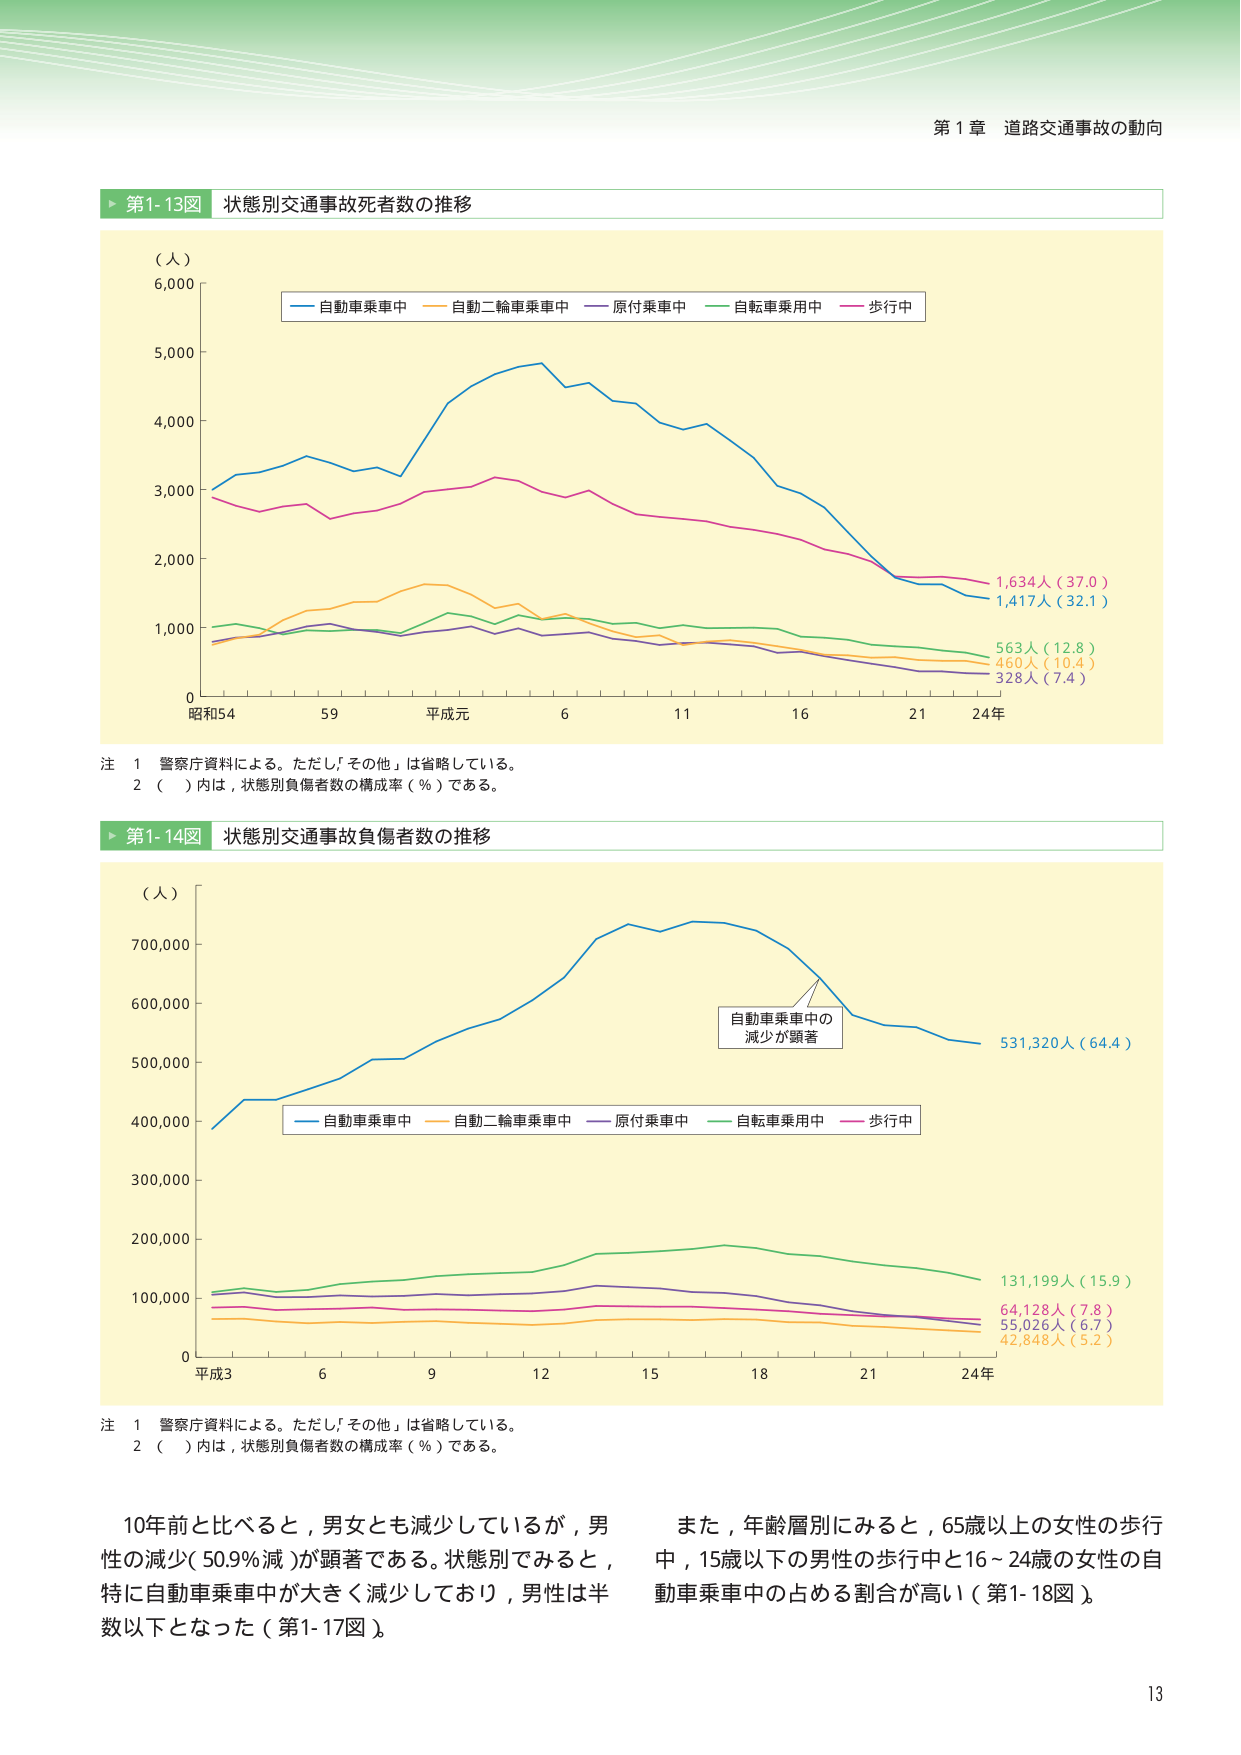
第１章 道路交通事故の動向

▶ 第1-13図 状態別交通事故死者数の推移

（人）
6,000
5,000
4,000
3,000
2,000
1,000
0

昭和54 59 平成元 6 11 16 21 24年

■ 自動車乗車中
■ 自動二輪車乗車中
■ 原付乗車中
■ 自転車乗用中
■ 歩行中

1,634人（37.0）
1,417人（32.1）
563人（12.8）
460人（10.4）
328人（7.4）

注 1 警察庁資料による。ただし、「その他」は省略している。
    2 （ ）内は、状態別負傷者数の構成率（％）である。

▶ 第1-14図 状態別交通事故負傷者数の推移

（人）
700,000
600,000
500,000
400,000
300,000
200,000
100,000
0

平成3 6 9 12 15 18 21 24年

■ 自動車乗車中
■ 自動二輪車乗車中
■ 原付乗車中
■ 自転車乗用中
■ 歩行中

自転車乗車中の
減少が顕著

531,320人（64.4）
131,199人（15.9）
64,128人（7.8）
55,026人（6.7）
42,848人（5.2）

注 1 警察庁資料による。ただし、「その他」は省略している。
    2 （ ）内は、状態別負傷者数の構成率（％）である。

10年前と比べると、男女とも減少しているが、男性の減少（50.9％減）が顕著である。状態別でみると、特に自動車乗車中が大きく減少しており、男性は半数以下となった（第1-17図）。

また、年齢層別にみると、65歳以上の女性の歩行中、15歳以下の男性の歩行中と16～24歳の女性の自動車乗車中の占める割合が高い（第1-18図）。

13